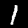
Label: 1